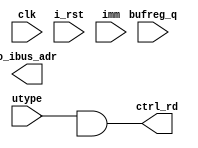
// This program was cloned from: https://github.com/chipsalliance/UHDM-integration-tests
// License: Apache License 2.0

`default_nettype none
module serv_ctrl
  (
   input wire        clk,
   input wire        i_rst,
   //State
   input wire        utype,
   //Data
   input wire        imm,
   input wire        bufreg_q,
   output wire        ctrl_rd,
   //External
   output reg [31:0] o_ibus_adr);

   wire       pc_plus_offset_aligned;
   wire       offset_b;

 assign ctrl_rd  = (utype & pc_plus_offset_aligned);

   assign offset_b = utype ? (imm ): bufreg_q;
endmodule